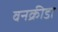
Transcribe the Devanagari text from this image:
वनक्रीडा